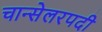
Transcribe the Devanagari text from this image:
चान्सेलरपदी